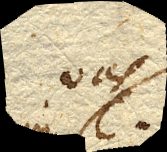
vas